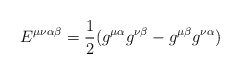
\begin{align*}E^{\mu\nu\alpha\beta} = \frac{1}{2} (g^{\mu\alpha} g^{\nu\beta} - g^{\mu\beta} g^{\nu\alpha})\end{align*}